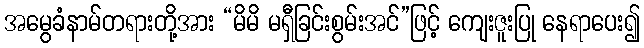
အမွေခံနာမ်တရားတို့အား “မိမိ မရှီခြင်းစွမ်းအင်”ဖြင့် ကျေးဇူးပြု နေရာပေး၍